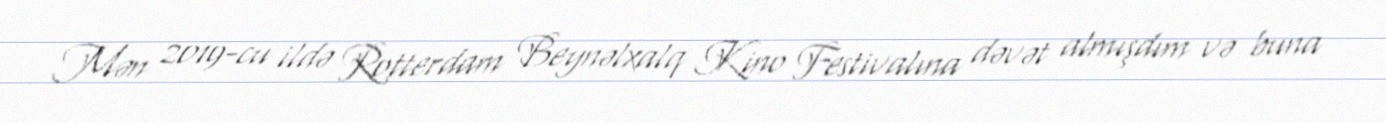
Mən 2019-cu ildə Rotterdam Beynəlxalq Kino Festivalına dəvət almışdım və buna